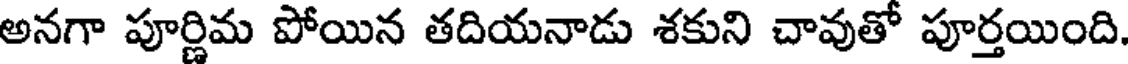
అనగా పూర్ణిమ పోయిన తదియనాడు శకుని చావుతో పూర్తయింది.